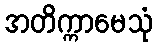
အတိက္ကာမေသုံ